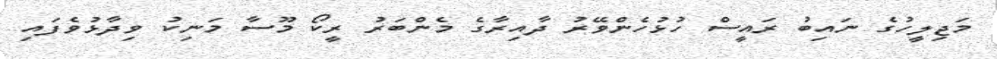
މަޖިލީހުގެ ނައިބު ރައީސް ހުޅުހެންވޭރު ދާއިރާގެ މެންބަރު ރީކޯ މޫސާ މަނިކު ވިދާޅުވެފައި